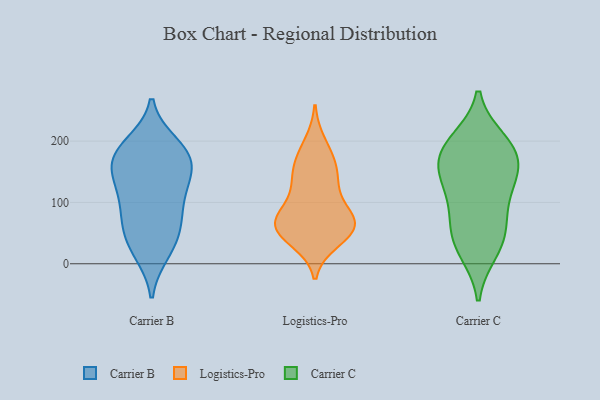
{"axis": {"x": "Shipments", "y": "Value"}, "legend": ["Carrier B", "Carrier C", "Logistics-Pro"], "data": [{"x": "", "y": 61, "type": "Carrier B"}, {"x": "", "y": 109, "type": "Carrier B"}, {"x": "", "y": 45, "type": "Carrier B"}, {"x": "", "y": 152, "type": "Carrier B"}, {"x": "", "y": 183, "type": "Carrier B"}, {"x": "", "y": 143, "type": "Carrier B"}, {"x": "", "y": 18, "type": "Carrier B"}, {"x": "", "y": 182, "type": "Carrier B"}, {"x": "", "y": 71, "type": "Carrier B"}, {"x": "", "y": 84, "type": "Carrier B"}, {"x": "", "y": 165, "type": "Carrier B"}, {"x": "", "y": 184, "type": "Carrier B"}, {"x": "", "y": 115, "type": "Carrier B"}, {"x": "", "y": 23, "type": "Carrier B"}, {"x": "", "y": 145, "type": "Carrier B"}, {"x": "", "y": 195, "type": "Carrier B"}, {"x": "", "y": 139, "type": "Logistics-Pro"}, {"x": "", "y": 69, "type": "Logistics-Pro"}, {"x": "", "y": 64, "type": "Logistics-Pro"}, {"x": "", "y": 82, "type": "Logistics-Pro"}, {"x": "", "y": 38, "type": "Logistics-Pro"}, {"x": "", "y": 136, "type": "Logistics-Pro"}, {"x": "", "y": 62, "type": "Logistics-Pro"}, {"x": "", "y": 78, "type": "Logistics-Pro"}, {"x": "", "y": 196, "type": "Logistics-Pro"}, {"x": "", "y": 54, "type": "Logistics-Pro"}, {"x": "", "y": 62, "type": "Logistics-Pro"}, {"x": "", "y": 119, "type": "Logistics-Pro"}, {"x": "", "y": 165, "type": "Logistics-Pro"}, {"x": "", "y": 169, "type": "Logistics-Pro"}, {"x": "", "y": 47, "type": "Logistics-Pro"}, {"x": "", "y": 50, "type": "Carrier C"}, {"x": "", "y": 21, "type": "Carrier C"}, {"x": "", "y": 91, "type": "Carrier C"}, {"x": "", "y": 175, "type": "Carrier C"}, {"x": "", "y": 132, "type": "Carrier C"}, {"x": "", "y": 155, "type": "Carrier C"}, {"x": "", "y": 30, "type": "Carrier C"}, {"x": "", "y": 65, "type": "Carrier C"}, {"x": "", "y": 154, "type": "Carrier C"}, {"x": "", "y": 190, "type": "Carrier C"}, {"x": "", "y": 200, "type": "Carrier C"}, {"x": "", "y": 124, "type": "Carrier C"}, {"x": "", "y": 192, "type": "Carrier C"}]}